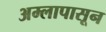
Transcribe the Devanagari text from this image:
अम्लापासून